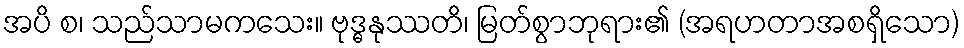
အပိ စ၊ သည်သာမကသေး။ ဗုဒ္ဓနုဿတိ၊ မြတ်စွာဘုရား၏ (အရဟတာအစရှိသော)